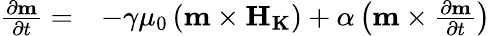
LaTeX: \begin{array}{ll}{\frac{{\partial}{\mathbf{m}}}{{\partial}t}=}&{-\gamma{\mu}_{0}\left({\mathbf{m}}\times{\mathbf{{H}}}_{\mathbf{{K}}}\right)+\alpha\left({\mathbf{m}}\times\frac{{\partial}{\mathbf{m}}}{{\partial}t}\right)}\end{array}